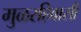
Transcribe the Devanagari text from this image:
मुळरहिवासी